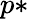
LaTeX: p*